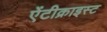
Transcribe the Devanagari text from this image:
ऐंटीक्राइस्ट